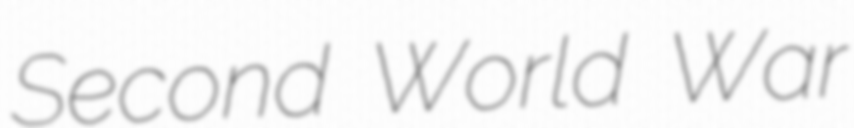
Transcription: Second World War